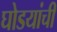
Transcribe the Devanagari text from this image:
घोडयांची